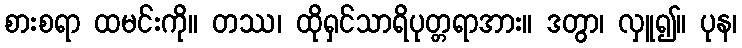
စားစရာ ထမင်းကို။ တဿ၊ ထိုရှင်သာရိပုတ္တရာအား။ ဒတွာ၊ လှူ၍။ ပုန၊